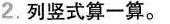
2.列竖式算一算。